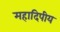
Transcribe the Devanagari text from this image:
महादिपीय